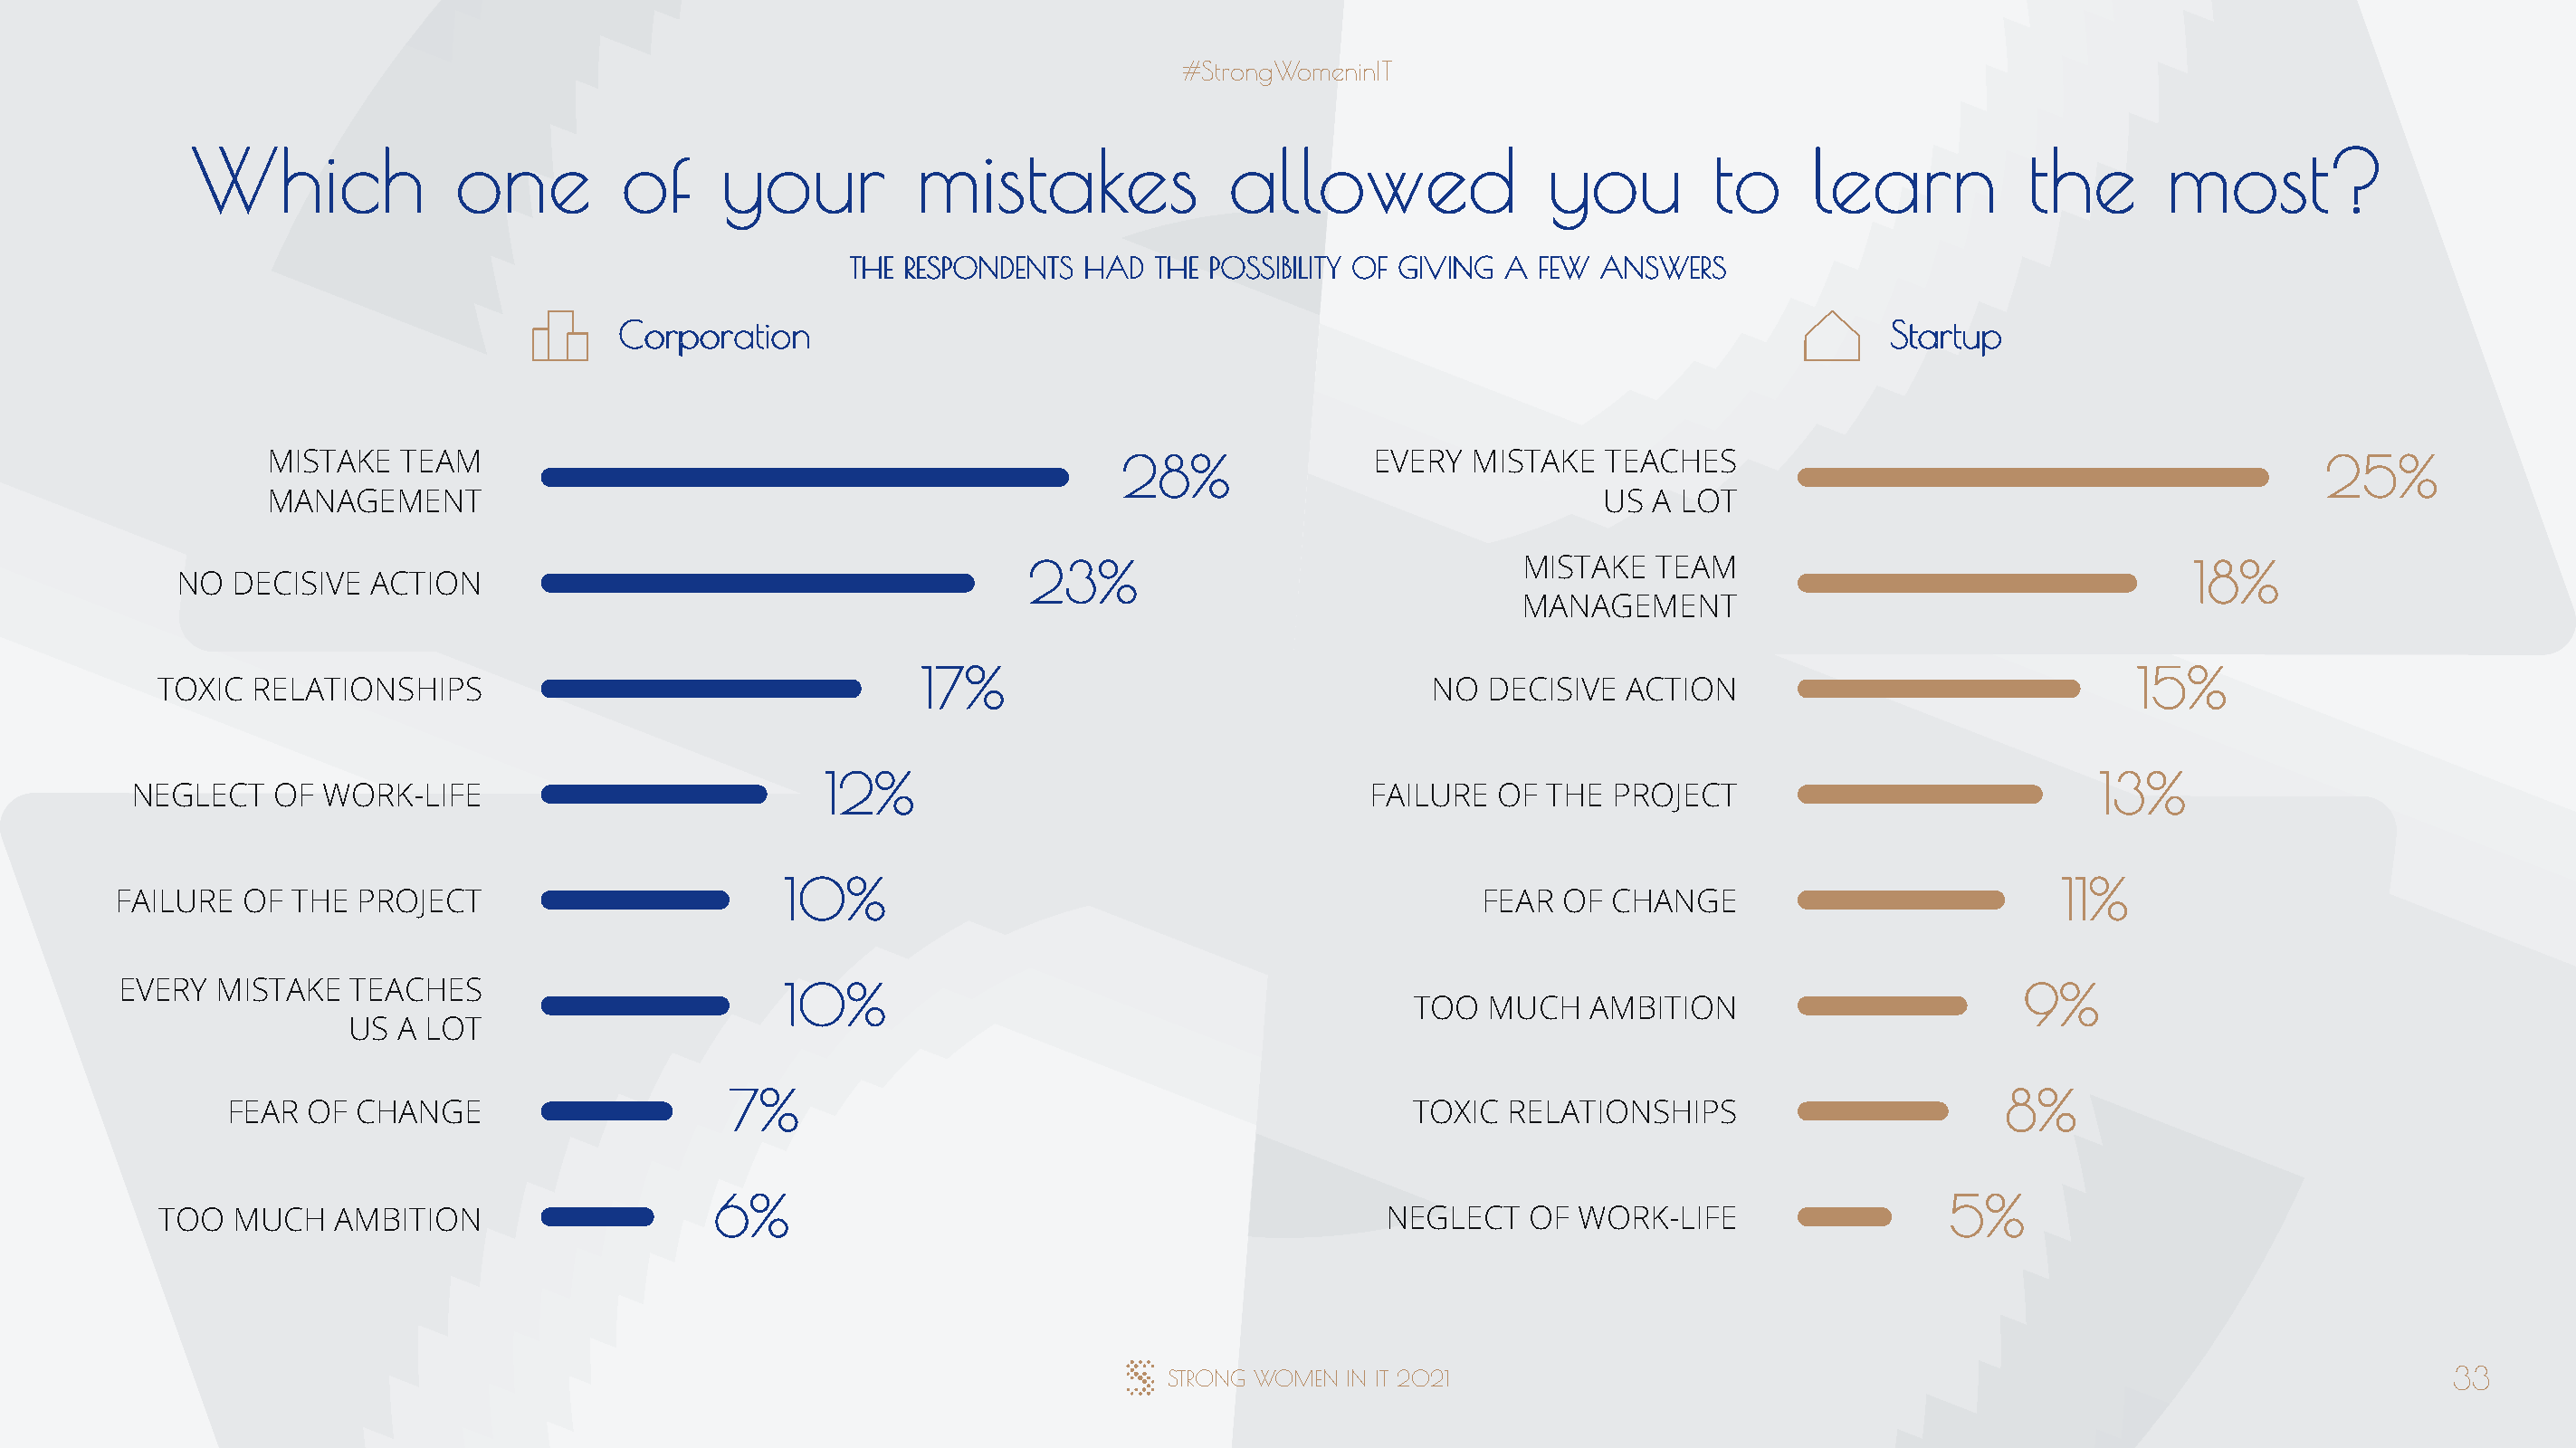
#StrongWomeninIT
 Which              one         of      your          mistakes               allowed                you         to     learn           the       most?
 THE RESPONDENTS  HAD  THE POSSIBILITY OF GIVING A  FEW ANSWERS
 Corporation                                                                                  Startup
 MISTAKE  TEAM                                                 28%               EVERY   MISTAKE  TEACHES                                              25%
 MANAGEMENT                                                                                       US  A LOT
 23%                                 MISTAKE   TEAM                                   18%
 NO  DECISIVE  ACTION
 MANAGEMENT
 17%                                                                                      15%
 TOXIC RELATIONSHIPS                                                                          NO  DECISIVE  ACTION
 12%                                                                                           13%
 NEGLECT   OF  WORK-LIFE                                                                   FAILURE   OF THE  PROJECT
 10%                                                                                           11%
 FAILURE   OF THE  PROJECT                                                                           FEAR  OF  CHANGE
 EVERY  MISTAKE   TEACHES                        10%                                                                                        9%
 TOO   MUCH   AMBITION
 US  A LOT
 7%                                                                                            8%
 FEAR OF  CHANGE                                                                       TOXIC  RELATIONSHIPS
 6%                                                                                         5%
 TOO  MUCH   AMBITION                                                                     NEGLECT    OF WORK-LIFE
 STRONG WOMEN  IN IT 2021                                                                      33